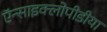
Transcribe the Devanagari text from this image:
ऍन्साइक्लोपीडीया